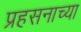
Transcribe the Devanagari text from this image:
प्रहसनाच्या